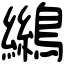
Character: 𪆓